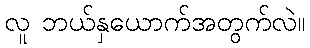
လူ ဘယ်နှယောက်အတွက်လဲ။